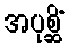
အပုစ္ဆိံ